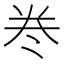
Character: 𭑊